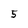
Character: 5